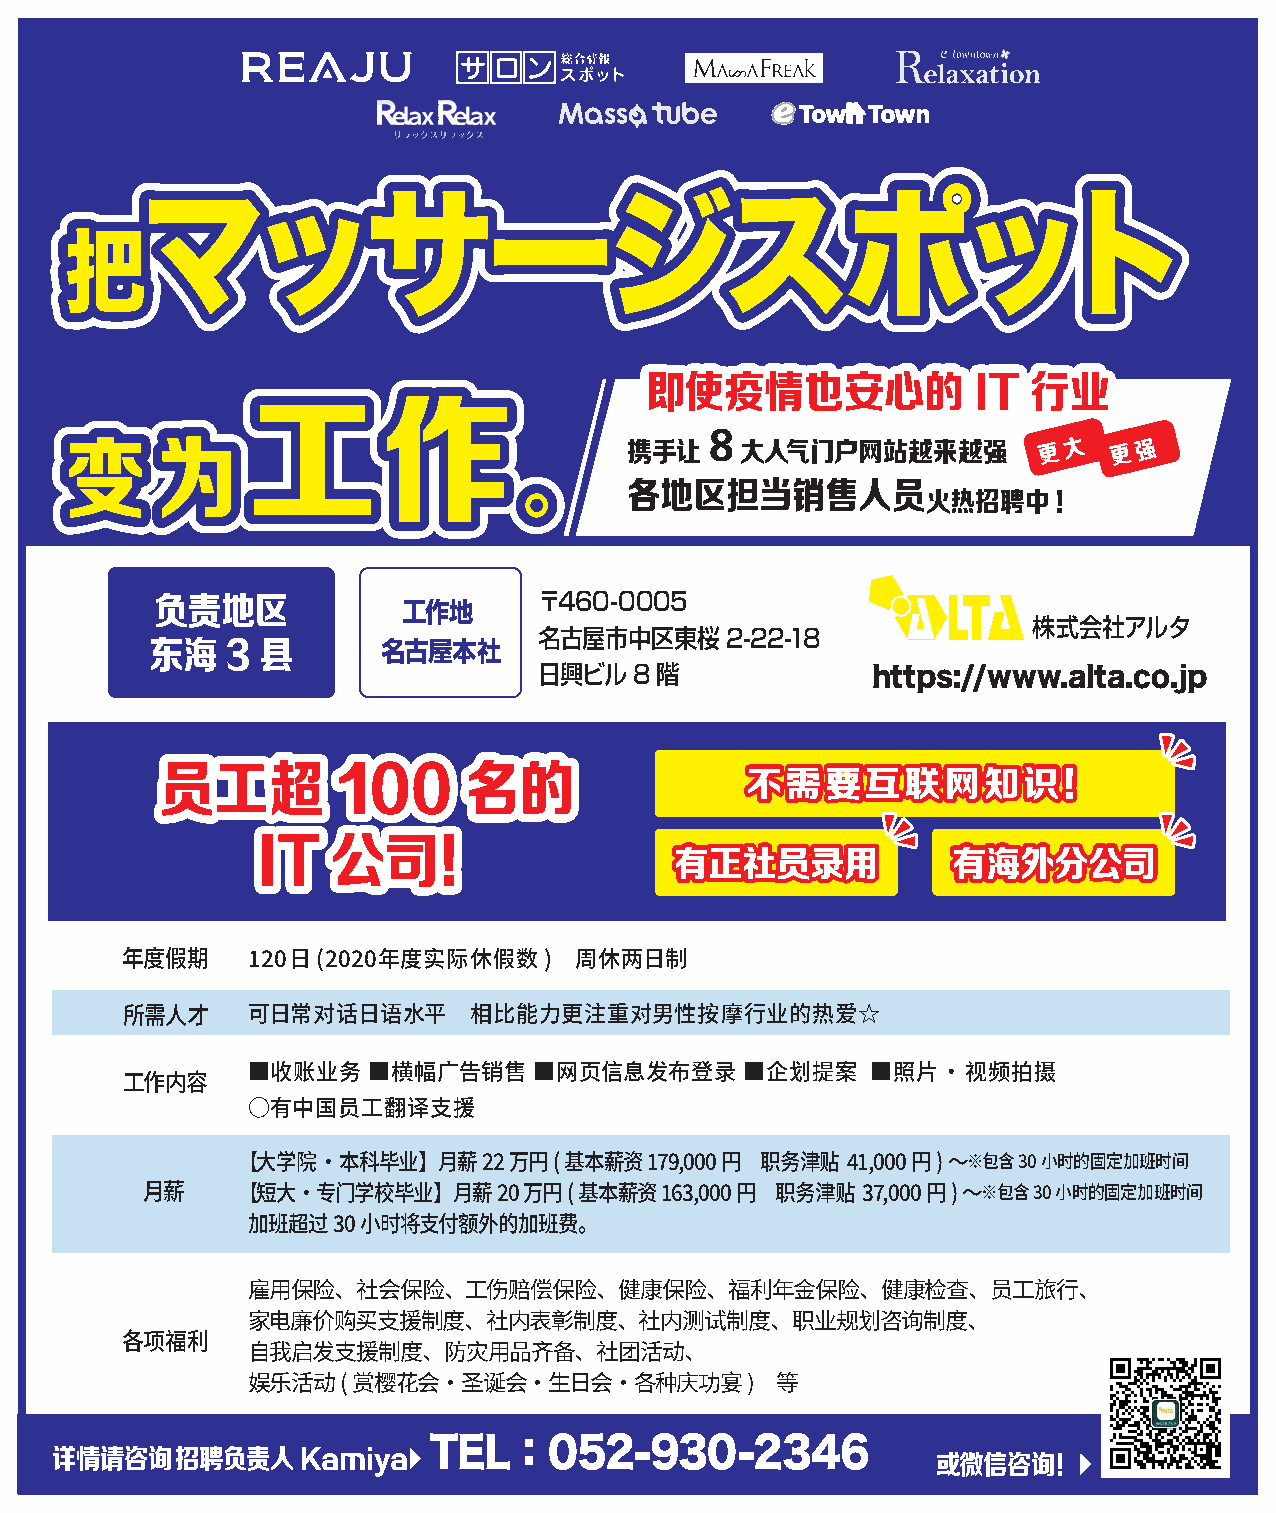
ママッッササーージジススポポッットト
 把把
 即使疫情也安心的              IT 行业
 工工作作
 变变    为为                             携携手手让让 88 大大人人气气门门户户网网站站越越来来越越强强 更 大 更 强
 各各地地区区担担当当销销售售人人员员
 火火热热招招聘聘中中!!
 。。
 〒460-0005
 负责地区             工作地
 株式会社アルタ
 名古屋市中区東桜2-22-18
 东海   3 县       名古屋本社
 日興ビル8階
 hhttttppss::////wwwwww..aallttaa..ccoo..jjpp
 员工超        100      名的                不需要互联网知识！
 IT   公司！
 有正社员录用            有海外分公司
 年度假期    ���日(����年度实际休假数)     周休两日制
 所需人才    可日常对话日语水平      相比能力更注重对男性按摩行业的热爱☆
 ■收账业务   ■横幅广告销售    ■网页信息发布登录     ■企划提案    ■照片·视频拍摄
 工作内容
 ○有中国员工翻译支援
 【大学院·本科毕业】月薪��万円(基本薪资      ���,���円 职务津贴 ��,���円)～※包含��小时的固定加班时间
 月薪     【短大·专门学校毕业】月薪��万円(基本薪资      ���,���円 职务津贴 ��,���円)～※包含��小时的固定加班时间
 加班超过��小时将支付额外的加班费。
 雇用保险、社会保险、工伤赔偿保险、健康保险、福利年金保险、健康检查、员工旅行、
 家电廉价购买支援制度、社内表彰制度、社内测试制度、职业规划咨询制度、
 各项福利
 自我启发支援制度、防灾用品齐备、社团活动、
 娱乐活动(赏樱花会·圣诞会·生日会·各种庆功宴)           等
 详情请咨询    招聘负责人Kamiya     TEL：052-930-2346                  或微信咨询！